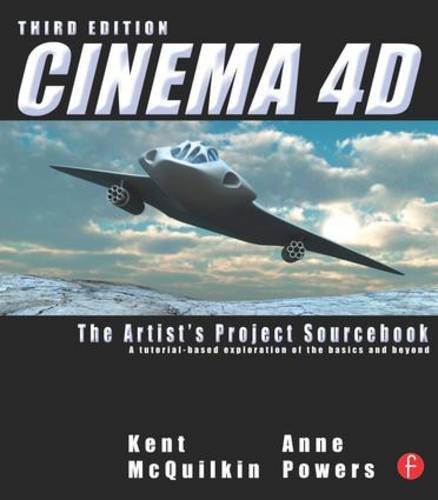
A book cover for Cinema 4D: The Artist's Project Sourcebook; Kent McQuilkin; Computers & Technology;